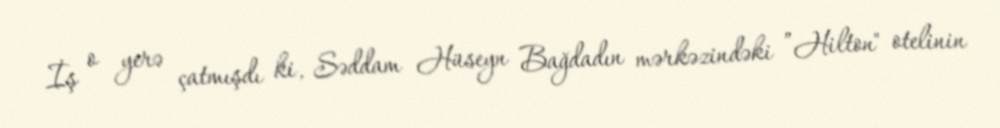
İş o yerə çatmışdı ki, Səddam Hüseyn Bağdadın mərkəzindəki ”Hilton" otelinin